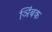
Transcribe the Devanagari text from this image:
ञिंबक